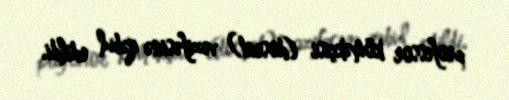
professor köməkçisi (dosent) vəzifəsinə qəbul edildi.